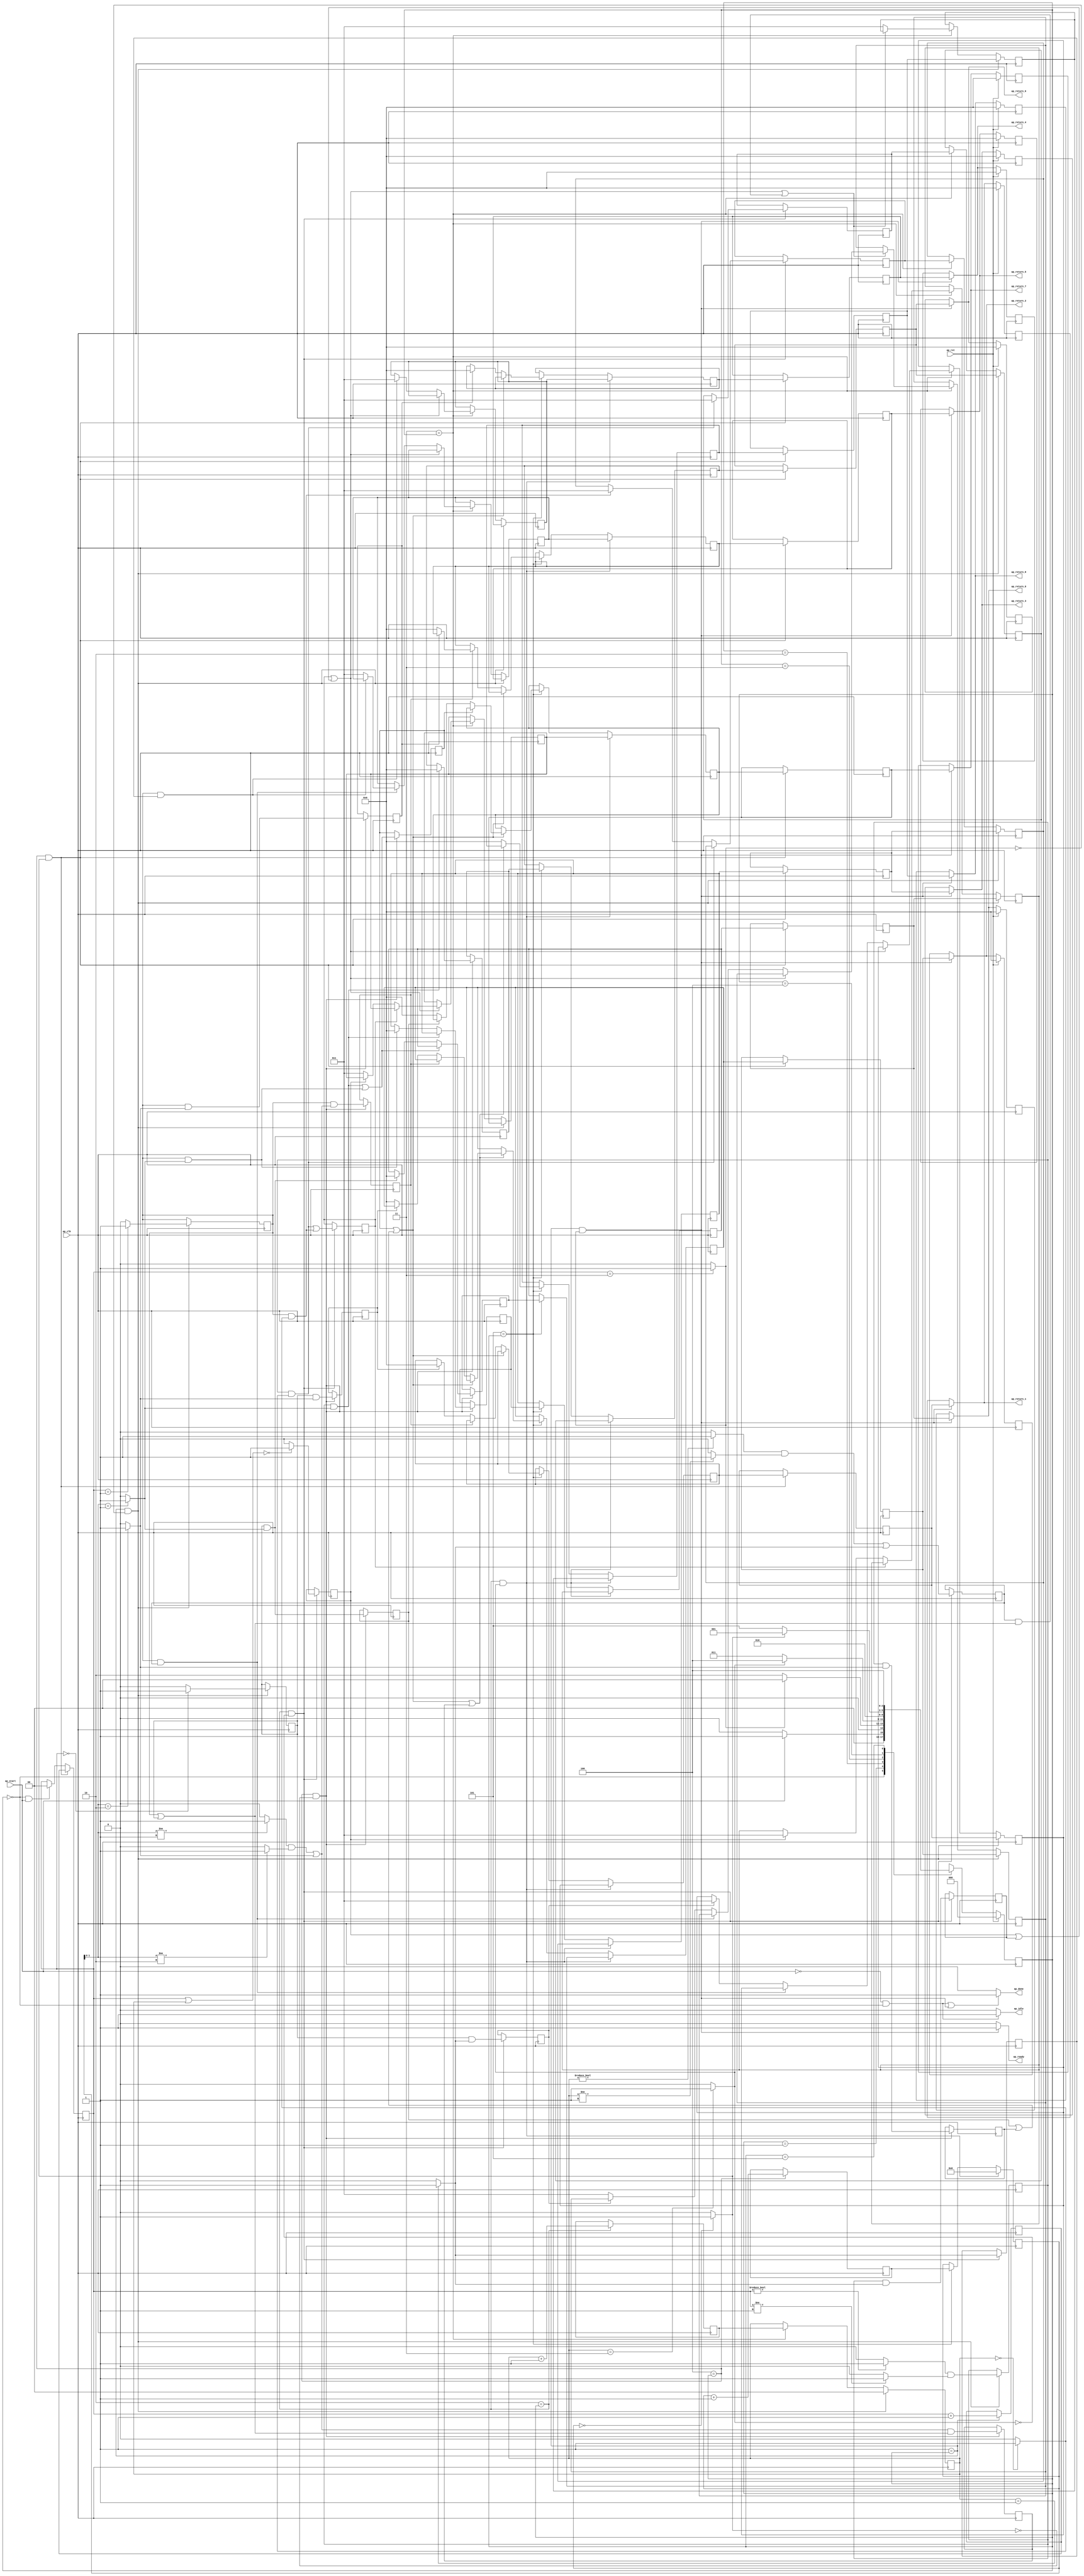
// ==============================================================
// RTL generated by Vivado(TM) HLS - High-Level Synthesis from C, C++ and SystemC
// Version: 2013.2
// Copyright (C) 2013 Xilinx Inc. All rights reserved.
// 
// ===========================================================

`timescale 1 ns / 1 ps 

module getStructuringElement_unsigned_char_int_int_3_3_s (
        ap_clk,
        ap_rst,
        ap_start,
        ap_done,
        ap_idle,
        ap_ready,
        ap_return_0,
        ap_return_1,
        ap_return_2,
        ap_return_3,
        ap_return_4,
        ap_return_5,
        ap_return_6,
        ap_return_7,
        ap_return_8
);

input   ap_clk;
input   ap_rst;
input   ap_start;
output   ap_done;
output   ap_idle;
output   ap_ready;
output  [7:0] ap_return_0;
output  [7:0] ap_return_1;
output  [7:0] ap_return_2;
output  [7:0] ap_return_3;
output  [7:0] ap_return_4;
output  [7:0] ap_return_5;
output  [7:0] ap_return_6;
output  [7:0] ap_return_7;
output  [7:0] ap_return_8;

reg ap_done;
reg ap_idle;
reg ap_ready;
reg[7:0] ap_return_0;
reg[7:0] ap_return_1;
reg[7:0] ap_return_2;
reg[7:0] ap_return_3;
reg[7:0] ap_return_4;
reg[7:0] ap_return_5;
reg[7:0] ap_return_6;
reg[7:0] ap_return_7;
reg[7:0] ap_return_8;
reg   [2:0] ap_CS_fsm = 3'b000;
wire   [1:0] i_1_fu_386_p2;
reg   [1:0] i_1_reg_1027;
wire   [0:0] sel_tmp_fu_392_p2;
reg   [0:0] sel_tmp_reg_1032;
wire   [0:0] exitcond1_fu_380_p2;
wire   [0:0] sel_tmp5_fu_410_p2;
reg   [0:0] sel_tmp5_reg_1043;
wire   [0:0] sel_tmp8_fu_416_p2;
reg   [0:0] sel_tmp8_reg_1051;
wire   [1:0] indvar_next1_fu_482_p2;
reg   [1:0] indvar_next1_reg_1062;
wire   [0:0] sel_tmp10_fu_522_p2;
reg   [0:0] sel_tmp10_reg_1067;
wire   [0:0] exitcond_fu_476_p2;
wire   [0:0] sel_tmp11_fu_528_p2;
reg   [0:0] sel_tmp11_reg_1072;
wire   [0:0] sel_tmp13_fu_533_p2;
reg   [0:0] sel_tmp13_reg_1078;
wire   [0:0] tmp_2_fu_544_p2;
reg   [0:0] tmp_2_reg_1083;
wire   [0:0] or_cond_fu_550_p2;
reg   [0:0] or_cond_reg_1090;
wire   [0:0] tmp4_fu_556_p2;
reg   [0:0] tmp4_reg_1097;
wire   [7:0] result_val13_5_fu_570_p3;
reg   [7:0] result_val13_5_reg_1103;
wire   [7:0] result_val26_5_fu_578_p3;
reg   [7:0] result_val26_5_reg_1108;
wire   [7:0] newSel3_fu_637_p3;
wire   [7:0] newSel5_fu_653_p3;
wire   [7:0] newSel8_fu_676_p3;
wire   [7:0] newSel11_fu_700_p3;
wire   [7:0] newSel13_fu_715_p3;
wire   [7:0] newSel16_fu_736_p3;
wire   [7:0] newSel17_fu_744_p3;
wire   [31:0] indvar_next_fu_758_p2;
reg   [31:0] indvar_next_reg_1151;
wire   [0:0] sel_tmp21_fu_808_p2;
reg   [0:0] sel_tmp21_reg_1156;
wire   [0:0] exitcond7_fu_752_p2;
wire   [0:0] sel_tmp22_fu_813_p2;
reg   [0:0] sel_tmp22_reg_1162;
wire   [0:0] sel_tmp23_fu_818_p2;
reg   [0:0] sel_tmp23_reg_1168;
wire   [0:0] sel_tmp24_fu_823_p2;
reg   [0:0] sel_tmp24_reg_1173;
wire   [0:0] or_cond3_fu_828_p2;
reg   [0:0] or_cond3_reg_1179;
wire   [0:0] or_cond8_fu_840_p2;
reg   [0:0] or_cond8_reg_1185;
wire   [0:0] or_cond10_fu_845_p2;
reg   [0:0] or_cond10_reg_1192;
wire   [7:0] result_val13_1_fu_859_p3;
reg   [7:0] result_val13_1_reg_1197;
wire   [7:0] result_val26_1_fu_867_p3;
reg   [7:0] result_val26_1_reg_1202;
wire   [7:0] newSel31_fu_883_p3;
reg   [7:0] newSel31_reg_1207;
wire   [7:0] newSel21_fu_927_p3;
wire   [7:0] newSel23_fu_942_p3;
wire   [7:0] newSel26_fu_964_p3;
wire   [7:0] newSel29_fu_986_p3;
wire   [7:0] newSel34_fu_1008_p3;
wire   [7:0] newSel35_fu_1016_p3;
reg   [7:0] result_val_0_2_write_assign_reg_26;
reg   [7:0] result_val_1_0_write_assign_reg_38;
reg   [7:0] result_val_1_1_write_assign_reg_50;
reg   [7:0] result_val_0_1_write_assign_reg_62;
reg   [7:0] result_val_1_2_write_assign_reg_74;
reg   [7:0] result_val_2_0_write_assign_reg_86;
reg   [7:0] result_val_0_0_write_assign_reg_98;
reg   [7:0] result_val_2_1_write_assign_reg_110;
reg   [7:0] result_val_2_2_write_assign_reg_122;
reg   [1:0] i_reg_134;
reg   [7:0] result_val2_6_reg_146;
reg   [7:0] result_val13_6_reg_157;
reg   [7:0] result_val14_6_reg_168;
reg   [7:0] result_val16_6_reg_179;
reg   [7:0] result_val1520_6_reg_190;
reg   [7:0] result_val26_6_reg_201;
reg   [7:0] result_val_6_reg_212;
reg   [7:0] result_val27_6_reg_223;
reg   [7:0] result_val28_6_reg_234;
reg   [1:0] j_reg_245;
reg   [7:0] result_val2_2_reg_256;
reg   [7:0] result_val13_2_reg_268;
reg   [7:0] result_val14_2_reg_280;
reg   [7:0] result_val16_2_reg_292;
reg   [7:0] result_val1520_2_reg_304;
reg   [7:0] result_val26_2_reg_316;
reg   [7:0] result_val_2_reg_328;
reg   [7:0] result_val27_2_reg_340;
reg   [7:0] result_val28_2_reg_352;
reg   [31:0] indvar_reg_364;
wire   [0:0] sel_tmp3_fu_398_p2;
wire   [0:0] sel_tmp4_fu_404_p2;
wire   [0:0] sel_tmp1_fu_488_p2;
wire   [0:0] sel_tmp9_fu_504_p2;
wire   [0:0] sel_tmp7_fu_510_p2;
wire   [1:0] tmp_1_fu_538_p2;
wire   [0:0] sel_tmp6_fu_499_p2;
wire   [0:0] sel_tmp2_fu_494_p2;
wire   [0:0] tmp1_fu_516_p2;
wire   [7:0] sel_tmp14_fu_562_p3;
wire   [0:0] or_cond1_fu_590_p2;
wire   [0:0] or_cond2_fu_594_p2;
wire   [7:0] newSel_fu_598_p3;
wire   [0:0] grp_fu_376_p2;
wire   [0:0] or_cond4_fu_605_p2;
wire   [7:0] newSel1_fu_610_p3;
wire   [0:0] or_cond5_fu_618_p2;
wire   [0:0] or_cond6_fu_631_p2;
wire   [7:0] newSel2_fu_623_p3;
wire   [0:0] sel_tmp12_fu_586_p2;
wire   [7:0] newSel4_fu_645_p3;
wire   [7:0] newSel6_fu_661_p3;
wire   [7:0] newSel7_fu_668_p3;
wire   [7:0] newSel9_fu_684_p3;
wire   [7:0] newSel10_fu_692_p3;
wire   [7:0] newSel12_fu_708_p3;
wire   [7:0] newSel14_fu_722_p3;
wire   [7:0] newSel15_fu_729_p3;
wire   [1:0] tmp_fu_764_p1;
wire   [0:0] sel_tmp15_fu_768_p2;
wire   [0:0] sel_tmp18_fu_784_p2;
wire   [0:0] sel_tmp19_fu_790_p2;
wire   [0:0] sel_tmp20_fu_802_p2;
wire   [0:0] sel_tmp17_fu_779_p2;
wire   [0:0] sel_tmp16_fu_774_p2;
wire   [0:0] tmp2_fu_796_p2;
wire   [0:0] tmp6_fu_834_p2;
wire   [7:0] sel_tmp25_fu_851_p3;
wire   [7:0] newSel30_fu_875_p3;
wire   [0:0] or_cond7_fu_891_p2;
wire   [7:0] newSel18_fu_895_p3;
wire   [0:0] or_cond9_fu_902_p2;
wire   [7:0] newSel19_fu_907_p3;
wire   [0:0] or_cond11_fu_922_p2;
wire   [7:0] newSel20_fu_914_p3;
wire   [7:0] newSel22_fu_935_p3;
wire   [7:0] newSel24_fu_950_p3;
wire   [7:0] newSel25_fu_957_p3;
wire   [7:0] newSel27_fu_972_p3;
wire   [7:0] newSel28_fu_979_p3;
wire   [7:0] newSel32_fu_994_p3;
wire   [7:0] newSel33_fu_1001_p3;
reg   [7:0] ap_return_0_preg = 8'b00000000;
reg   [7:0] ap_return_1_preg = 8'b00000000;
reg   [7:0] ap_return_2_preg = 8'b00000000;
reg   [7:0] ap_return_3_preg = 8'b00000000;
reg   [7:0] ap_return_4_preg = 8'b00000000;
reg   [7:0] ap_return_5_preg = 8'b00000000;
reg   [7:0] ap_return_6_preg = 8'b00000000;
reg   [7:0] ap_return_7_preg = 8'b00000000;
reg   [7:0] ap_return_8_preg = 8'b00000000;
reg   [2:0] ap_NS_fsm;
parameter    ap_const_logic_1 = 1'b1;
parameter    ap_const_logic_0 = 1'b0;
parameter    ap_ST_st1_fsm_0 = 3'b000;
parameter    ap_ST_st2_fsm_1 = 3'b1;
parameter    ap_ST_st3_fsm_2 = 3'b10;
parameter    ap_ST_st4_fsm_3 = 3'b11;
parameter    ap_ST_st5_fsm_4 = 3'b100;
parameter    ap_ST_st6_fsm_5 = 3'b101;
parameter    ap_const_lv1_0 = 1'b0;
parameter    ap_const_lv2_0 = 2'b00;
parameter    ap_const_lv32_0 = 32'b00000000000000000000000000000000;
parameter    ap_const_lv2_3 = 2'b11;
parameter    ap_const_lv2_1 = 2'b1;
parameter    ap_const_lv8_1 = 8'b1;
parameter    ap_const_lv32_1 = 32'b1;
parameter    ap_const_lv2_2 = 2'b10;
parameter    ap_const_lv8_0 = 8'b00000000;
parameter    ap_true = 1'b1;




/// the current state (ap_CS_fsm) of the state machine. ///
always @ (posedge ap_clk)
begin : ap_ret_ap_CS_fsm
    if (ap_rst == 1'b1) begin
        ap_CS_fsm <= ap_ST_st1_fsm_0;
    end else begin
        ap_CS_fsm <= ap_NS_fsm;
    end
end

/// ap_return_0_preg assign process. ///
always @ (posedge ap_clk)
begin : ap_ret_ap_return_0_preg
    if (ap_rst == 1'b1) begin
        ap_return_0_preg <= ap_const_lv8_0;
    end else begin
        if (((ap_ST_st2_fsm_1 == ap_CS_fsm) & ~(exitcond1_fu_380_p2 == ap_const_lv1_0))) begin
            ap_return_0_preg <= result_val_0_0_write_assign_reg_98;
        end
    end
end

/// ap_return_1_preg assign process. ///
always @ (posedge ap_clk)
begin : ap_ret_ap_return_1_preg
    if (ap_rst == 1'b1) begin
        ap_return_1_preg <= ap_const_lv8_0;
    end else begin
        if (((ap_ST_st2_fsm_1 == ap_CS_fsm) & ~(exitcond1_fu_380_p2 == ap_const_lv1_0))) begin
            ap_return_1_preg <= result_val_0_1_write_assign_reg_62;
        end
    end
end

/// ap_return_2_preg assign process. ///
always @ (posedge ap_clk)
begin : ap_ret_ap_return_2_preg
    if (ap_rst == 1'b1) begin
        ap_return_2_preg <= ap_const_lv8_0;
    end else begin
        if (((ap_ST_st2_fsm_1 == ap_CS_fsm) & ~(exitcond1_fu_380_p2 == ap_const_lv1_0))) begin
            ap_return_2_preg <= result_val_0_2_write_assign_reg_26;
        end
    end
end

/// ap_return_3_preg assign process. ///
always @ (posedge ap_clk)
begin : ap_ret_ap_return_3_preg
    if (ap_rst == 1'b1) begin
        ap_return_3_preg <= ap_const_lv8_0;
    end else begin
        if (((ap_ST_st2_fsm_1 == ap_CS_fsm) & ~(exitcond1_fu_380_p2 == ap_const_lv1_0))) begin
            ap_return_3_preg <= result_val_1_0_write_assign_reg_38;
        end
    end
end

/// ap_return_4_preg assign process. ///
always @ (posedge ap_clk)
begin : ap_ret_ap_return_4_preg
    if (ap_rst == 1'b1) begin
        ap_return_4_preg <= ap_const_lv8_0;
    end else begin
        if (((ap_ST_st2_fsm_1 == ap_CS_fsm) & ~(exitcond1_fu_380_p2 == ap_const_lv1_0))) begin
            ap_return_4_preg <= result_val_1_1_write_assign_reg_50;
        end
    end
end

/// ap_return_5_preg assign process. ///
always @ (posedge ap_clk)
begin : ap_ret_ap_return_5_preg
    if (ap_rst == 1'b1) begin
        ap_return_5_preg <= ap_const_lv8_0;
    end else begin
        if (((ap_ST_st2_fsm_1 == ap_CS_fsm) & ~(exitcond1_fu_380_p2 == ap_const_lv1_0))) begin
            ap_return_5_preg <= result_val_1_2_write_assign_reg_74;
        end
    end
end

/// ap_return_6_preg assign process. ///
always @ (posedge ap_clk)
begin : ap_ret_ap_return_6_preg
    if (ap_rst == 1'b1) begin
        ap_return_6_preg <= ap_const_lv8_0;
    end else begin
        if (((ap_ST_st2_fsm_1 == ap_CS_fsm) & ~(exitcond1_fu_380_p2 == ap_const_lv1_0))) begin
            ap_return_6_preg <= result_val_2_0_write_assign_reg_86;
        end
    end
end

/// ap_return_7_preg assign process. ///
always @ (posedge ap_clk)
begin : ap_ret_ap_return_7_preg
    if (ap_rst == 1'b1) begin
        ap_return_7_preg <= ap_const_lv8_0;
    end else begin
        if (((ap_ST_st2_fsm_1 == ap_CS_fsm) & ~(exitcond1_fu_380_p2 == ap_const_lv1_0))) begin
            ap_return_7_preg <= result_val_2_1_write_assign_reg_110;
        end
    end
end

/// ap_return_8_preg assign process. ///
always @ (posedge ap_clk)
begin : ap_ret_ap_return_8_preg
    if (ap_rst == 1'b1) begin
        ap_return_8_preg <= ap_const_lv8_0;
    end else begin
        if (((ap_ST_st2_fsm_1 == ap_CS_fsm) & ~(exitcond1_fu_380_p2 == ap_const_lv1_0))) begin
            ap_return_8_preg <= result_val_2_2_write_assign_reg_122;
        end
    end
end

/// assign process. ///
always @(posedge ap_clk)
begin
    if (((ap_ST_st5_fsm_4 == ap_CS_fsm) & ~(ap_const_lv1_0 == exitcond7_fu_752_p2))) begin
        i_reg_134 <= i_1_reg_1027;
    end else if (((ap_ST_st1_fsm_0 == ap_CS_fsm) & ~(ap_start == ap_const_logic_0))) begin
        i_reg_134 <= ap_const_lv2_0;
    end
end

/// assign process. ///
always @(posedge ap_clk)
begin
    if (((ap_ST_st3_fsm_2 == ap_CS_fsm) & ~(ap_const_lv1_0 == exitcond_fu_476_p2))) begin
        indvar_reg_364 <= ap_const_lv32_0;
    end else if ((ap_ST_st6_fsm_5 == ap_CS_fsm)) begin
        indvar_reg_364 <= indvar_next_reg_1151;
    end
end

/// assign process. ///
always @(posedge ap_clk)
begin
    if (((ap_ST_st2_fsm_1 == ap_CS_fsm) & (exitcond1_fu_380_p2 == ap_const_lv1_0))) begin
        j_reg_245 <= ap_const_lv2_0;
    end else if ((ap_ST_st4_fsm_3 == ap_CS_fsm)) begin
        j_reg_245 <= indvar_next1_reg_1062;
    end
end

/// assign process. ///
always @(posedge ap_clk)
begin
    if (((ap_ST_st3_fsm_2 == ap_CS_fsm) & ~(ap_const_lv1_0 == exitcond_fu_476_p2))) begin
        result_val13_2_reg_268 <= result_val13_6_reg_157;
    end else if ((ap_ST_st6_fsm_5 == ap_CS_fsm)) begin
        result_val13_2_reg_268 <= result_val13_1_reg_1197;
    end
end

/// assign process. ///
always @(posedge ap_clk)
begin
    if (((ap_ST_st2_fsm_1 == ap_CS_fsm) & (exitcond1_fu_380_p2 == ap_const_lv1_0))) begin
        result_val13_6_reg_157 <= result_val_1_0_write_assign_reg_38;
    end else if ((ap_ST_st4_fsm_3 == ap_CS_fsm)) begin
        result_val13_6_reg_157 <= result_val13_5_reg_1103;
    end
end

/// assign process. ///
always @(posedge ap_clk)
begin
    if (((ap_ST_st3_fsm_2 == ap_CS_fsm) & ~(ap_const_lv1_0 == exitcond_fu_476_p2))) begin
        result_val14_2_reg_280 <= result_val14_6_reg_168;
    end else if ((ap_ST_st6_fsm_5 == ap_CS_fsm)) begin
        result_val14_2_reg_280 <= newSel23_fu_942_p3;
    end
end

/// assign process. ///
always @(posedge ap_clk)
begin
    if (((ap_ST_st2_fsm_1 == ap_CS_fsm) & (exitcond1_fu_380_p2 == ap_const_lv1_0))) begin
        result_val14_6_reg_168 <= result_val_1_1_write_assign_reg_50;
    end else if ((ap_ST_st4_fsm_3 == ap_CS_fsm)) begin
        result_val14_6_reg_168 <= newSel5_fu_653_p3;
    end
end

/// assign process. ///
always @(posedge ap_clk)
begin
    if (((ap_ST_st3_fsm_2 == ap_CS_fsm) & ~(ap_const_lv1_0 == exitcond_fu_476_p2))) begin
        result_val1520_2_reg_304 <= result_val1520_6_reg_190;
    end else if ((ap_ST_st6_fsm_5 == ap_CS_fsm)) begin
        result_val1520_2_reg_304 <= newSel29_fu_986_p3;
    end
end

/// assign process. ///
always @(posedge ap_clk)
begin
    if (((ap_ST_st2_fsm_1 == ap_CS_fsm) & (exitcond1_fu_380_p2 == ap_const_lv1_0))) begin
        result_val1520_6_reg_190 <= result_val_1_2_write_assign_reg_74;
    end else if ((ap_ST_st4_fsm_3 == ap_CS_fsm)) begin
        result_val1520_6_reg_190 <= newSel11_fu_700_p3;
    end
end

/// assign process. ///
always @(posedge ap_clk)
begin
    if (((ap_ST_st3_fsm_2 == ap_CS_fsm) & ~(ap_const_lv1_0 == exitcond_fu_476_p2))) begin
        result_val16_2_reg_292 <= result_val16_6_reg_179;
    end else if ((ap_ST_st6_fsm_5 == ap_CS_fsm)) begin
        result_val16_2_reg_292 <= newSel26_fu_964_p3;
    end
end

/// assign process. ///
always @(posedge ap_clk)
begin
    if (((ap_ST_st2_fsm_1 == ap_CS_fsm) & (exitcond1_fu_380_p2 == ap_const_lv1_0))) begin
        result_val16_6_reg_179 <= result_val_0_1_write_assign_reg_62;
    end else if ((ap_ST_st4_fsm_3 == ap_CS_fsm)) begin
        result_val16_6_reg_179 <= newSel8_fu_676_p3;
    end
end

/// assign process. ///
always @(posedge ap_clk)
begin
    if (((ap_ST_st3_fsm_2 == ap_CS_fsm) & ~(ap_const_lv1_0 == exitcond_fu_476_p2))) begin
        result_val26_2_reg_316 <= result_val26_6_reg_201;
    end else if ((ap_ST_st6_fsm_5 == ap_CS_fsm)) begin
        result_val26_2_reg_316 <= result_val26_1_reg_1202;
    end
end

/// assign process. ///
always @(posedge ap_clk)
begin
    if (((ap_ST_st2_fsm_1 == ap_CS_fsm) & (exitcond1_fu_380_p2 == ap_const_lv1_0))) begin
        result_val26_6_reg_201 <= result_val_2_0_write_assign_reg_86;
    end else if ((ap_ST_st4_fsm_3 == ap_CS_fsm)) begin
        result_val26_6_reg_201 <= result_val26_5_reg_1108;
    end
end

/// assign process. ///
always @(posedge ap_clk)
begin
    if (((ap_ST_st3_fsm_2 == ap_CS_fsm) & ~(ap_const_lv1_0 == exitcond_fu_476_p2))) begin
        result_val27_2_reg_340 <= result_val27_6_reg_223;
    end else if ((ap_ST_st6_fsm_5 == ap_CS_fsm)) begin
        result_val27_2_reg_340 <= newSel34_fu_1008_p3;
    end
end

/// assign process. ///
always @(posedge ap_clk)
begin
    if (((ap_ST_st2_fsm_1 == ap_CS_fsm) & (exitcond1_fu_380_p2 == ap_const_lv1_0))) begin
        result_val27_6_reg_223 <= result_val_2_1_write_assign_reg_110;
    end else if ((ap_ST_st4_fsm_3 == ap_CS_fsm)) begin
        result_val27_6_reg_223 <= newSel16_fu_736_p3;
    end
end

/// assign process. ///
always @(posedge ap_clk)
begin
    if (((ap_ST_st3_fsm_2 == ap_CS_fsm) & ~(ap_const_lv1_0 == exitcond_fu_476_p2))) begin
        result_val28_2_reg_352 <= result_val28_6_reg_234;
    end else if ((ap_ST_st6_fsm_5 == ap_CS_fsm)) begin
        result_val28_2_reg_352 <= newSel35_fu_1016_p3;
    end
end

/// assign process. ///
always @(posedge ap_clk)
begin
    if (((ap_ST_st2_fsm_1 == ap_CS_fsm) & (exitcond1_fu_380_p2 == ap_const_lv1_0))) begin
        result_val28_6_reg_234 <= result_val_2_2_write_assign_reg_122;
    end else if ((ap_ST_st4_fsm_3 == ap_CS_fsm)) begin
        result_val28_6_reg_234 <= newSel17_fu_744_p3;
    end
end

/// assign process. ///
always @(posedge ap_clk)
begin
    if (((ap_ST_st3_fsm_2 == ap_CS_fsm) & ~(ap_const_lv1_0 == exitcond_fu_476_p2))) begin
        result_val2_2_reg_256 <= result_val2_6_reg_146;
    end else if ((ap_ST_st6_fsm_5 == ap_CS_fsm)) begin
        result_val2_2_reg_256 <= newSel21_fu_927_p3;
    end
end

/// assign process. ///
always @(posedge ap_clk)
begin
    if (((ap_ST_st2_fsm_1 == ap_CS_fsm) & (exitcond1_fu_380_p2 == ap_const_lv1_0))) begin
        result_val2_6_reg_146 <= result_val_0_2_write_assign_reg_26;
    end else if ((ap_ST_st4_fsm_3 == ap_CS_fsm)) begin
        result_val2_6_reg_146 <= newSel3_fu_637_p3;
    end
end

/// assign process. ///
always @(posedge ap_clk)
begin
    if (((ap_ST_st3_fsm_2 == ap_CS_fsm) & ~(ap_const_lv1_0 == exitcond_fu_476_p2))) begin
        result_val_2_reg_328 <= result_val_6_reg_212;
    end else if ((ap_ST_st6_fsm_5 == ap_CS_fsm)) begin
        result_val_2_reg_328 <= newSel31_reg_1207;
    end
end

/// assign process. ///
always @(posedge ap_clk)
begin
    if (((ap_ST_st2_fsm_1 == ap_CS_fsm) & (exitcond1_fu_380_p2 == ap_const_lv1_0))) begin
        result_val_6_reg_212 <= result_val_0_0_write_assign_reg_98;
    end else if ((ap_ST_st4_fsm_3 == ap_CS_fsm)) begin
        result_val_6_reg_212 <= newSel13_fu_715_p3;
    end
end

/// assign process. ///
always @(posedge ap_clk)
begin
    if ((ap_ST_st2_fsm_1 == ap_CS_fsm)) begin
        i_1_reg_1027 <= i_1_fu_386_p2;
    end
end

/// assign process. ///
always @(posedge ap_clk)
begin
    if ((ap_ST_st3_fsm_2 == ap_CS_fsm)) begin
        indvar_next1_reg_1062 <= indvar_next1_fu_482_p2;
    end
end

/// assign process. ///
always @(posedge ap_clk)
begin
    if ((ap_ST_st5_fsm_4 == ap_CS_fsm)) begin
        indvar_next_reg_1151 <= indvar_next_fu_758_p2;
    end
end

/// assign process. ///
always @(posedge ap_clk)
begin
    if (((ap_ST_st5_fsm_4 == ap_CS_fsm) & (ap_const_lv1_0 == exitcond7_fu_752_p2))) begin
        newSel31_reg_1207 <= newSel31_fu_883_p3;
        or_cond10_reg_1192 <= or_cond10_fu_845_p2;
        or_cond3_reg_1179 <= or_cond3_fu_828_p2;
        or_cond8_reg_1185 <= or_cond8_fu_840_p2;
        result_val13_1_reg_1197 <= result_val13_1_fu_859_p3;
        result_val26_1_reg_1202 <= result_val26_1_fu_867_p3;
        sel_tmp21_reg_1156 <= sel_tmp21_fu_808_p2;
        sel_tmp22_reg_1162 <= sel_tmp22_fu_813_p2;
        sel_tmp23_reg_1168 <= sel_tmp23_fu_818_p2;
        sel_tmp24_reg_1173 <= sel_tmp24_fu_823_p2;
    end
end

/// assign process. ///
always @(posedge ap_clk)
begin
    if (((ap_ST_st3_fsm_2 == ap_CS_fsm) & (ap_const_lv1_0 == exitcond_fu_476_p2))) begin
        or_cond_reg_1090 <= or_cond_fu_550_p2;
        result_val13_5_reg_1103 <= result_val13_5_fu_570_p3;
        result_val26_5_reg_1108 <= result_val26_5_fu_578_p3;
        sel_tmp10_reg_1067 <= sel_tmp10_fu_522_p2;
        sel_tmp11_reg_1072 <= sel_tmp11_fu_528_p2;
        sel_tmp13_reg_1078 <= sel_tmp13_fu_533_p2;
        tmp4_reg_1097 <= tmp4_fu_556_p2;
        tmp_2_reg_1083 <= tmp_2_fu_544_p2;
    end
end

/// assign process. ///
always @(posedge ap_clk)
begin
    if (((ap_ST_st5_fsm_4 == ap_CS_fsm) & ~(ap_const_lv1_0 == exitcond7_fu_752_p2))) begin
        result_val_0_0_write_assign_reg_98 <= result_val_2_reg_328;
        result_val_0_1_write_assign_reg_62 <= result_val16_2_reg_292;
        result_val_0_2_write_assign_reg_26 <= result_val2_2_reg_256;
        result_val_1_0_write_assign_reg_38 <= result_val13_2_reg_268;
        result_val_1_1_write_assign_reg_50 <= result_val14_2_reg_280;
        result_val_1_2_write_assign_reg_74 <= result_val1520_2_reg_304;
        result_val_2_0_write_assign_reg_86 <= result_val26_2_reg_316;
        result_val_2_1_write_assign_reg_110 <= result_val27_2_reg_340;
        result_val_2_2_write_assign_reg_122 <= result_val28_2_reg_352;
    end
end

/// assign process. ///
always @(posedge ap_clk)
begin
    if (((ap_ST_st2_fsm_1 == ap_CS_fsm) & (exitcond1_fu_380_p2 == ap_const_lv1_0))) begin
        sel_tmp5_reg_1043 <= sel_tmp5_fu_410_p2;
        sel_tmp8_reg_1051 <= sel_tmp8_fu_416_p2;
        sel_tmp_reg_1032 <= sel_tmp_fu_392_p2;
    end
end

/// ap_done assign process. ///
always @ (ap_start or ap_CS_fsm or exitcond1_fu_380_p2)
begin
    if (((~(ap_const_logic_1 == ap_start) & (ap_ST_st1_fsm_0 == ap_CS_fsm)) | ((ap_ST_st2_fsm_1 == ap_CS_fsm) & ~(exitcond1_fu_380_p2 == ap_const_lv1_0)))) begin
        ap_done = ap_const_logic_1;
    end else begin
        ap_done = ap_const_logic_0;
    end
end

/// ap_idle assign process. ///
always @ (ap_start or ap_CS_fsm)
begin
    if ((~(ap_const_logic_1 == ap_start) & (ap_ST_st1_fsm_0 == ap_CS_fsm))) begin
        ap_idle = ap_const_logic_1;
    end else begin
        ap_idle = ap_const_logic_0;
    end
end

/// ap_ready assign process. ///
always @ (ap_CS_fsm or exitcond1_fu_380_p2)
begin
    if (((ap_ST_st2_fsm_1 == ap_CS_fsm) & ~(exitcond1_fu_380_p2 == ap_const_lv1_0))) begin
        ap_ready = ap_const_logic_1;
    end else begin
        ap_ready = ap_const_logic_0;
    end
end

/// ap_return_0 assign process. ///
always @ (ap_CS_fsm or exitcond1_fu_380_p2 or result_val_0_0_write_assign_reg_98 or ap_return_0_preg)
begin
    if (((ap_ST_st2_fsm_1 == ap_CS_fsm) & ~(exitcond1_fu_380_p2 == ap_const_lv1_0))) begin
        ap_return_0 = result_val_0_0_write_assign_reg_98;
    end else begin
        ap_return_0 = ap_return_0_preg;
    end
end

/// ap_return_1 assign process. ///
always @ (ap_CS_fsm or exitcond1_fu_380_p2 or result_val_0_1_write_assign_reg_62 or ap_return_1_preg)
begin
    if (((ap_ST_st2_fsm_1 == ap_CS_fsm) & ~(exitcond1_fu_380_p2 == ap_const_lv1_0))) begin
        ap_return_1 = result_val_0_1_write_assign_reg_62;
    end else begin
        ap_return_1 = ap_return_1_preg;
    end
end

/// ap_return_2 assign process. ///
always @ (ap_CS_fsm or exitcond1_fu_380_p2 or result_val_0_2_write_assign_reg_26 or ap_return_2_preg)
begin
    if (((ap_ST_st2_fsm_1 == ap_CS_fsm) & ~(exitcond1_fu_380_p2 == ap_const_lv1_0))) begin
        ap_return_2 = result_val_0_2_write_assign_reg_26;
    end else begin
        ap_return_2 = ap_return_2_preg;
    end
end

/// ap_return_3 assign process. ///
always @ (ap_CS_fsm or exitcond1_fu_380_p2 or result_val_1_0_write_assign_reg_38 or ap_return_3_preg)
begin
    if (((ap_ST_st2_fsm_1 == ap_CS_fsm) & ~(exitcond1_fu_380_p2 == ap_const_lv1_0))) begin
        ap_return_3 = result_val_1_0_write_assign_reg_38;
    end else begin
        ap_return_3 = ap_return_3_preg;
    end
end

/// ap_return_4 assign process. ///
always @ (ap_CS_fsm or exitcond1_fu_380_p2 or result_val_1_1_write_assign_reg_50 or ap_return_4_preg)
begin
    if (((ap_ST_st2_fsm_1 == ap_CS_fsm) & ~(exitcond1_fu_380_p2 == ap_const_lv1_0))) begin
        ap_return_4 = result_val_1_1_write_assign_reg_50;
    end else begin
        ap_return_4 = ap_return_4_preg;
    end
end

/// ap_return_5 assign process. ///
always @ (ap_CS_fsm or exitcond1_fu_380_p2 or result_val_1_2_write_assign_reg_74 or ap_return_5_preg)
begin
    if (((ap_ST_st2_fsm_1 == ap_CS_fsm) & ~(exitcond1_fu_380_p2 == ap_const_lv1_0))) begin
        ap_return_5 = result_val_1_2_write_assign_reg_74;
    end else begin
        ap_return_5 = ap_return_5_preg;
    end
end

/// ap_return_6 assign process. ///
always @ (ap_CS_fsm or exitcond1_fu_380_p2 or result_val_2_0_write_assign_reg_86 or ap_return_6_preg)
begin
    if (((ap_ST_st2_fsm_1 == ap_CS_fsm) & ~(exitcond1_fu_380_p2 == ap_const_lv1_0))) begin
        ap_return_6 = result_val_2_0_write_assign_reg_86;
    end else begin
        ap_return_6 = ap_return_6_preg;
    end
end

/// ap_return_7 assign process. ///
always @ (ap_CS_fsm or exitcond1_fu_380_p2 or result_val_2_1_write_assign_reg_110 or ap_return_7_preg)
begin
    if (((ap_ST_st2_fsm_1 == ap_CS_fsm) & ~(exitcond1_fu_380_p2 == ap_const_lv1_0))) begin
        ap_return_7 = result_val_2_1_write_assign_reg_110;
    end else begin
        ap_return_7 = ap_return_7_preg;
    end
end

/// ap_return_8 assign process. ///
always @ (ap_CS_fsm or exitcond1_fu_380_p2 or result_val_2_2_write_assign_reg_122 or ap_return_8_preg)
begin
    if (((ap_ST_st2_fsm_1 == ap_CS_fsm) & ~(exitcond1_fu_380_p2 == ap_const_lv1_0))) begin
        ap_return_8 = result_val_2_2_write_assign_reg_122;
    end else begin
        ap_return_8 = ap_return_8_preg;
    end
end
always @ (ap_start or ap_CS_fsm or exitcond1_fu_380_p2 or exitcond_fu_476_p2 or exitcond7_fu_752_p2)
begin
    case (ap_CS_fsm)
        ap_ST_st1_fsm_0 : 
            if (~(ap_start == ap_const_logic_0)) begin
                ap_NS_fsm = ap_ST_st2_fsm_1;
            end else begin
                ap_NS_fsm = ap_ST_st1_fsm_0;
            end
        ap_ST_st2_fsm_1 : 
            if (~(exitcond1_fu_380_p2 == ap_const_lv1_0)) begin
                ap_NS_fsm = ap_ST_st1_fsm_0;
            end else begin
                ap_NS_fsm = ap_ST_st3_fsm_2;
            end
        ap_ST_st3_fsm_2 : 
            if (~(ap_const_lv1_0 == exitcond_fu_476_p2)) begin
                ap_NS_fsm = ap_ST_st5_fsm_4;
            end else begin
                ap_NS_fsm = ap_ST_st4_fsm_3;
            end
        ap_ST_st4_fsm_3 : 
            ap_NS_fsm = ap_ST_st3_fsm_2;
        ap_ST_st5_fsm_4 : 
            if ((ap_const_lv1_0 == exitcond7_fu_752_p2)) begin
                ap_NS_fsm = ap_ST_st6_fsm_5;
            end else begin
                ap_NS_fsm = ap_ST_st2_fsm_1;
            end
        ap_ST_st6_fsm_5 : 
            ap_NS_fsm = ap_ST_st5_fsm_4;
        default : 
            ap_NS_fsm = 'bx;
    endcase
end
assign exitcond1_fu_380_p2 = (i_reg_134 == ap_const_lv2_3? 1'b1: 1'b0);
assign exitcond7_fu_752_p2 = (indvar_reg_364 == ap_const_lv32_0? 1'b1: 1'b0);
assign exitcond_fu_476_p2 = (j_reg_245 == ap_const_lv2_3? 1'b1: 1'b0);
assign grp_fu_376_p2 = (sel_tmp_reg_1032 | sel_tmp8_reg_1051);
assign i_1_fu_386_p2 = (i_reg_134 + ap_const_lv2_1);
assign indvar_next1_fu_482_p2 = (j_reg_245 + ap_const_lv2_1);
assign indvar_next_fu_758_p2 = (indvar_reg_364 + ap_const_lv32_1);
assign newSel10_fu_692_p3 = ((or_cond2_fu_594_p2)? newSel9_fu_684_p3: result_val1520_6_reg_190);
assign newSel11_fu_700_p3 = ((or_cond4_fu_605_p2)? result_val1520_6_reg_190: newSel10_fu_692_p3);
assign newSel12_fu_708_p3 = ((tmp_2_reg_1083)? ap_const_lv8_1: result_val_6_reg_212);
assign newSel13_fu_715_p3 = ((or_cond_reg_1090)? result_val_6_reg_212: newSel12_fu_708_p3);
assign newSel14_fu_722_p3 = ((tmp_2_reg_1083)? result_val27_6_reg_223: ap_const_lv8_1);
assign newSel15_fu_729_p3 = ((or_cond_reg_1090)? result_val27_6_reg_223: newSel14_fu_722_p3);
assign newSel16_fu_736_p3 = ((or_cond4_fu_605_p2)? newSel15_fu_729_p3: result_val27_6_reg_223);
assign newSel17_fu_744_p3 = ((or_cond6_fu_631_p2)? result_val28_6_reg_234: ap_const_lv8_1);
assign newSel18_fu_895_p3 = ((sel_tmp21_reg_1156)? result_val2_2_reg_256: ap_const_lv8_0);
assign newSel19_fu_907_p3 = ((or_cond8_reg_1185)? result_val2_2_reg_256: newSel18_fu_895_p3);
assign newSel1_fu_610_p3 = ((or_cond2_fu_594_p2)? result_val2_6_reg_146: newSel_fu_598_p3);
assign newSel20_fu_914_p3 = ((or_cond9_fu_902_p2)? result_val2_2_reg_256: newSel19_fu_907_p3);
assign newSel21_fu_927_p3 = ((or_cond11_fu_922_p2)? newSel20_fu_914_p3: result_val2_2_reg_256);
assign newSel22_fu_935_p3 = ((sel_tmp22_reg_1162)? ap_const_lv8_0: result_val14_2_reg_280);
assign newSel23_fu_942_p3 = ((or_cond9_fu_902_p2)? result_val14_2_reg_280: newSel22_fu_935_p3);
assign newSel24_fu_950_p3 = ((sel_tmp21_reg_1156)? ap_const_lv8_0: result_val16_2_reg_292);
assign newSel25_fu_957_p3 = ((or_cond8_reg_1185)? result_val16_2_reg_292: newSel24_fu_950_p3);
assign newSel26_fu_964_p3 = ((or_cond9_fu_902_p2)? result_val16_2_reg_292: newSel25_fu_957_p3);
assign newSel27_fu_972_p3 = ((sel_tmp22_reg_1162)? result_val1520_2_reg_304: ap_const_lv8_0);
assign newSel28_fu_979_p3 = ((or_cond8_reg_1185)? newSel27_fu_972_p3: result_val1520_2_reg_304);
assign newSel29_fu_986_p3 = ((or_cond9_fu_902_p2)? result_val1520_2_reg_304: newSel28_fu_979_p3);
assign newSel2_fu_623_p3 = ((or_cond4_fu_605_p2)? result_val2_6_reg_146: newSel1_fu_610_p3);
assign newSel30_fu_875_p3 = ((sel_tmp24_fu_823_p2)? ap_const_lv8_0: result_val_2_reg_328);
assign newSel31_fu_883_p3 = ((or_cond3_fu_828_p2)? result_val_2_reg_328: newSel30_fu_875_p3);
assign newSel32_fu_994_p3 = ((sel_tmp24_reg_1173)? result_val27_2_reg_340: ap_const_lv8_0);
assign newSel33_fu_1001_p3 = ((or_cond3_reg_1179)? result_val27_2_reg_340: newSel32_fu_994_p3);
assign newSel34_fu_1008_p3 = ((or_cond9_fu_902_p2)? newSel33_fu_1001_p3: result_val27_2_reg_340);
assign newSel35_fu_1016_p3 = ((or_cond11_fu_922_p2)? result_val28_2_reg_352: ap_const_lv8_0);
assign newSel3_fu_637_p3 = ((or_cond6_fu_631_p2)? newSel2_fu_623_p3: result_val2_6_reg_146);
assign newSel4_fu_645_p3 = ((sel_tmp12_fu_586_p2)? ap_const_lv8_1: result_val14_6_reg_168);
assign newSel5_fu_653_p3 = ((or_cond4_fu_605_p2)? result_val14_6_reg_168: newSel4_fu_645_p3);
assign newSel6_fu_661_p3 = ((sel_tmp11_reg_1072)? ap_const_lv8_1: result_val16_6_reg_179);
assign newSel7_fu_668_p3 = ((or_cond2_fu_594_p2)? result_val16_6_reg_179: newSel6_fu_661_p3);
assign newSel8_fu_676_p3 = ((or_cond4_fu_605_p2)? result_val16_6_reg_179: newSel7_fu_668_p3);
assign newSel9_fu_684_p3 = ((sel_tmp12_fu_586_p2)? result_val1520_6_reg_190: ap_const_lv8_1);
assign newSel_fu_598_p3 = ((sel_tmp11_reg_1072)? result_val2_6_reg_146: ap_const_lv8_1);
assign or_cond10_fu_845_p2 = (tmp6_fu_834_p2 & grp_fu_376_p2);
assign or_cond11_fu_922_p2 = (or_cond9_fu_902_p2 | or_cond10_reg_1192);
assign or_cond1_fu_590_p2 = (tmp_2_reg_1083 | sel_tmp13_reg_1078);
assign or_cond2_fu_594_p2 = (sel_tmp_reg_1032 & tmp4_reg_1097);
assign or_cond3_fu_828_p2 = (sel_tmp17_fu_779_p2 | sel_tmp16_fu_774_p2);
assign or_cond4_fu_605_p2 = (or_cond_reg_1090 | or_cond1_fu_590_p2);
assign or_cond5_fu_618_p2 = (tmp4_reg_1097 & grp_fu_376_p2);
assign or_cond6_fu_631_p2 = (or_cond4_fu_605_p2 | or_cond5_fu_618_p2);
assign or_cond7_fu_891_p2 = (sel_tmp24_reg_1173 | sel_tmp23_reg_1168);
assign or_cond8_fu_840_p2 = (sel_tmp_reg_1032 & tmp6_fu_834_p2);
assign or_cond9_fu_902_p2 = (or_cond3_reg_1179 | or_cond7_fu_891_p2);
assign or_cond_fu_550_p2 = (sel_tmp6_fu_499_p2 | sel_tmp2_fu_494_p2);
assign result_val13_1_fu_859_p3 = ((sel_tmp17_fu_779_p2)? result_val13_2_reg_268: sel_tmp25_fu_851_p3);
assign result_val13_5_fu_570_p3 = ((sel_tmp6_fu_499_p2)? result_val13_6_reg_157: sel_tmp14_fu_562_p3);
assign result_val26_1_fu_867_p3 = ((sel_tmp17_fu_779_p2)? ap_const_lv8_0: result_val26_2_reg_316);
assign result_val26_5_fu_578_p3 = ((sel_tmp6_fu_499_p2)? ap_const_lv8_1: result_val26_6_reg_201);
assign sel_tmp10_fu_522_p2 = (j_reg_245 == ap_const_lv2_1? 1'b1: 1'b0);
assign sel_tmp11_fu_528_p2 = (sel_tmp8_reg_1051 & sel_tmp10_fu_522_p2);
assign sel_tmp12_fu_586_p2 = (sel_tmp_reg_1032 & sel_tmp10_reg_1067);
assign sel_tmp13_fu_533_p2 = (sel_tmp5_reg_1043 & sel_tmp10_fu_522_p2);
assign sel_tmp14_fu_562_p3 = ((sel_tmp2_fu_494_p2)? ap_const_lv8_1: result_val13_6_reg_157);
assign sel_tmp15_fu_768_p2 = (tmp_fu_764_p1 == ap_const_lv2_1? 1'b1: 1'b0);
assign sel_tmp16_fu_774_p2 = (sel_tmp_reg_1032 & sel_tmp15_fu_768_p2);
assign sel_tmp17_fu_779_p2 = (sel_tmp5_reg_1043 & sel_tmp15_fu_768_p2);
assign sel_tmp18_fu_784_p2 = (tmp_fu_764_p1 != ap_const_lv2_1? 1'b1: 1'b0);
assign sel_tmp19_fu_790_p2 = (tmp_fu_764_p1 != ap_const_lv2_2? 1'b1: 1'b0);
assign sel_tmp1_fu_488_p2 = (j_reg_245 == ap_const_lv2_0? 1'b1: 1'b0);
assign sel_tmp20_fu_802_p2 = (tmp_fu_764_p1 == ap_const_lv2_2? 1'b1: 1'b0);
assign sel_tmp21_fu_808_p2 = (sel_tmp8_reg_1051 & sel_tmp20_fu_802_p2);
assign sel_tmp22_fu_813_p2 = (sel_tmp_reg_1032 & sel_tmp20_fu_802_p2);
assign sel_tmp23_fu_818_p2 = (sel_tmp5_reg_1043 & sel_tmp20_fu_802_p2);
assign sel_tmp24_fu_823_p2 = (sel_tmp8_reg_1051 & sel_tmp15_fu_768_p2);
assign sel_tmp25_fu_851_p3 = ((sel_tmp16_fu_774_p2)? ap_const_lv8_0: result_val13_2_reg_268);
assign sel_tmp2_fu_494_p2 = (sel_tmp_reg_1032 & sel_tmp1_fu_488_p2);
assign sel_tmp3_fu_398_p2 = (i_reg_134 != ap_const_lv2_0? 1'b1: 1'b0);
assign sel_tmp4_fu_404_p2 = (i_reg_134 != ap_const_lv2_1? 1'b1: 1'b0);
assign sel_tmp5_fu_410_p2 = (sel_tmp3_fu_398_p2 & sel_tmp4_fu_404_p2);
assign sel_tmp6_fu_499_p2 = (sel_tmp5_reg_1043 & sel_tmp1_fu_488_p2);
assign sel_tmp7_fu_510_p2 = (j_reg_245 != ap_const_lv2_1? 1'b1: 1'b0);
assign sel_tmp8_fu_416_p2 = (i_reg_134 == ap_const_lv2_0? 1'b1: 1'b0);
assign sel_tmp9_fu_504_p2 = (j_reg_245 != ap_const_lv2_0? 1'b1: 1'b0);
assign sel_tmp_fu_392_p2 = (i_reg_134 == ap_const_lv2_1? 1'b1: 1'b0);
assign tmp1_fu_516_p2 = (sel_tmp9_fu_504_p2 & sel_tmp7_fu_510_p2);
assign tmp2_fu_796_p2 = (sel_tmp18_fu_784_p2 & sel_tmp19_fu_790_p2);
assign tmp4_fu_556_p2 = (tmp1_fu_516_p2 | sel_tmp10_fu_522_p2);
assign tmp6_fu_834_p2 = (tmp2_fu_796_p2 | sel_tmp20_fu_802_p2);
assign tmp_1_fu_538_p2 = (i_reg_134 | j_reg_245);
assign tmp_2_fu_544_p2 = (tmp_1_fu_538_p2 == ap_const_lv2_0? 1'b1: 1'b0);
assign tmp_fu_764_p1 = indvar_reg_364[1:0];


endmodule //getStructuringElement_unsigned_char_int_int_3_3_s